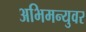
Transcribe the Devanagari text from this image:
अभिमन्युवर